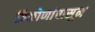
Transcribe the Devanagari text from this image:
त्रिकोणांपासून